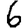
Digit: 6